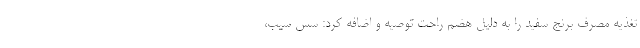
تغذیه مصرف برنج سفید را به دلیل هضم راحت توصیه و اضافه کرد: سس سیب،